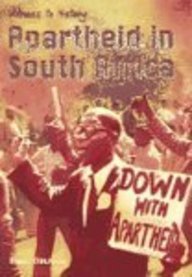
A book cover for Apartheid in South Africa (Witness to History); David Downing; Children's Books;